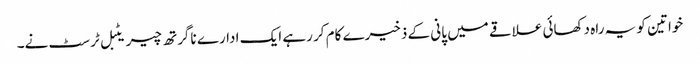
خواتین کو یہ راہ دکھائی علاقے میں پانی کے ذخیرے کام کر رہے ایک ادارے ناگرتھ چیریٹبل ٹرسٹ نے۔